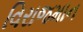
વિરાજમાન